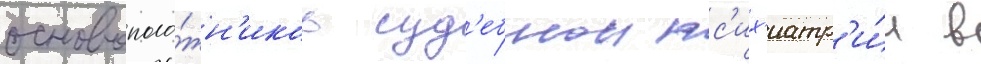
основополо́жн'иков суд'ебнои пс'их'иатр'и́и в